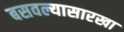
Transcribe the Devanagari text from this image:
बसवल्यासारखा